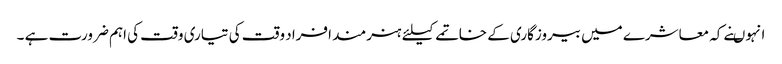
انہوںنے کہ معاشرے میں بیروزگاری کے خاتمے کیلئے ہنرمند افراد وقت کی تیاری وقت کی اہم ضرورت ہے ۔